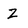
Character: z